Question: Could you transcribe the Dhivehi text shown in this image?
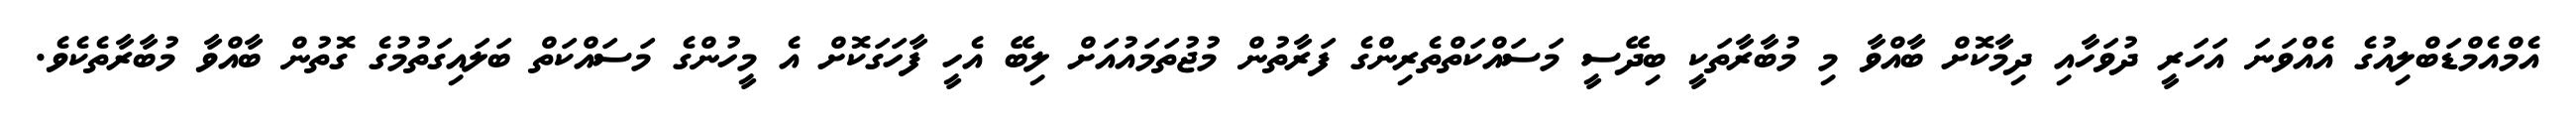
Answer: އެމްއެމްޑަބްލިއުގެ އެއްވަނަ އަހަރީ ދުވަހާއި ދިމާކޮށް ބާއްވާ މި މުބާރާތަކީ ބިދޭސީ މަސައްކަތްތެރިންގެ ފަރާތުން މުޖުތަމައުއަށް ލިބޭ އެހީ ފާހަގަކޮށް އެ މީހުންގެ މަސައްކަތް ބަލައިގަތުމުގެ ގޮތުން ބާއްވާ މުބާރާތެކެވެ.